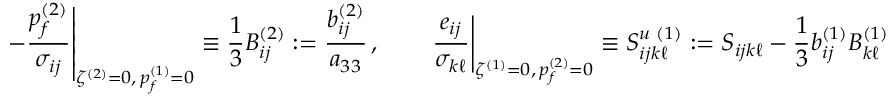
\left. - \frac { p _ { f } ^ { ( 2 ) } } { \sigma _ { i j } } \right| _ { \zeta ^ { ( 2 ) } = 0 , \, p _ { f } ^ { ( 1 ) } = 0 } \equiv \frac { 1 } { 3 } B _ { i j } ^ { ( 2 ) } : = \frac { b _ { i j } ^ { ( 2 ) } } { a _ { 3 3 } } \, , \qquad \left. \frac { e _ { i j } } { \sigma _ { k \ell } } \right| _ { \zeta ^ { ( 1 ) } = 0 , \, p _ { f } ^ { ( 2 ) } = 0 } \equiv S _ { i j k \ell } ^ { u \, \, ( 1 ) } : = S _ { i j k \ell } - \frac { 1 } { 3 } b _ { i j } ^ { ( 1 ) } B _ { k \ell } ^ { ( 1 ) }